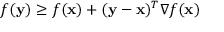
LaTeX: f ( \mathbf { y } ) \geq f ( \mathbf { x } ) + ( \mathbf { y } - \mathbf { x } ) ^ { T } \nabla f ( \mathbf { x } )